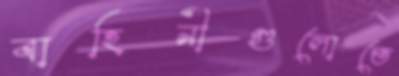
বাহিনীগুলোতে